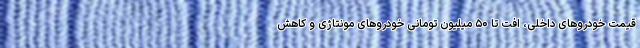
قیمت خودروهای داخلی، افت تا ۵۰ میلیون تومانی خودروهای مونتاژی و کاهش